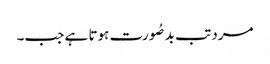
مرد تب بدصُورت ہوتا ہے جب۔